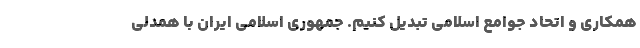
همکاری و اتحاد جوامع اسلامی تبدیل کنیم. جمهوری اسلامی ایران با همدلی